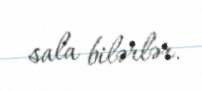
sala bilərlər.